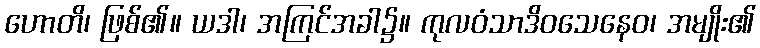
ဟောတိ၊ ဖြစ်၏။ ယဒါ၊ အကြင်အခါ၌။ ကုလဝံသာဒိဝသေနေဝ၊ အမျိုး၏